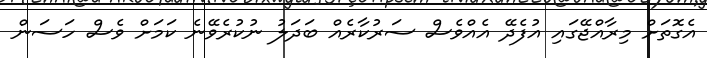
އެގޮތަށް މިރާއްޖޭގައި އުފެދޭ އެއްވެސް ސަރުކާރެއް ބަދަލު ނުކުރެވޭނެ ކަމަށް ވެސް ހަސަން